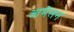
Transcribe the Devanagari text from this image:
आमेलन